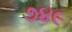
૭૪૯